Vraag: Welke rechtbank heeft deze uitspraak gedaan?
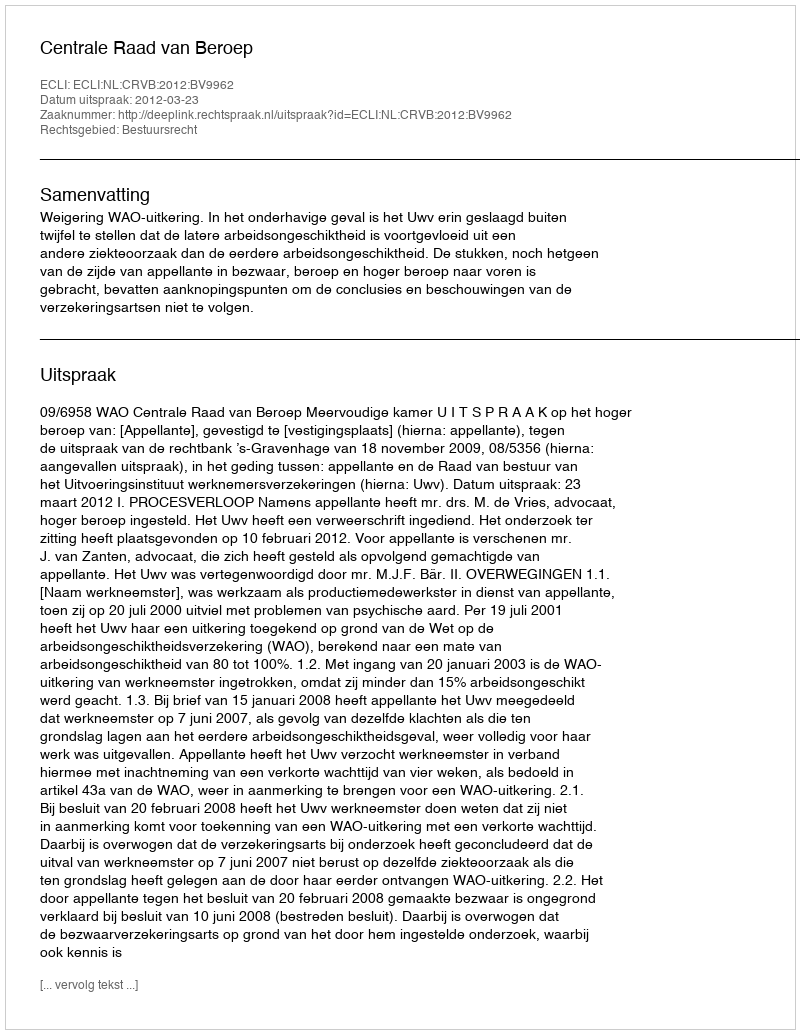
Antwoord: Centrale Raad van Beroep